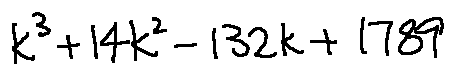
k ^ { 3 } + 1 4 k ^ { 2 } - 1 3 2 k + 1 7 8 9